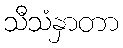
သီသံနှာတာ